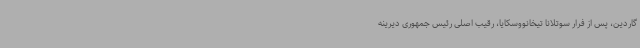
گاردین، پس از فرار سوتلانا تیخانووسکایا، رقیب اصلی رئیس جمهوری دیرینه